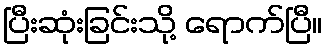
ပြီးဆုံးခြင်းသို့ ရောက်ပြီ။